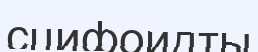
сцифоидты